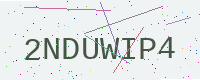
Text: 2NDUWIP4